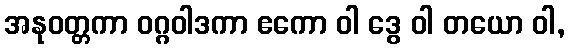
အနုဝတ္တကာ ဝဂ္ဂဝါဒကာ ဧကော ဝါ ဒွေ ဝါ တယော ဝါ,